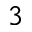
3